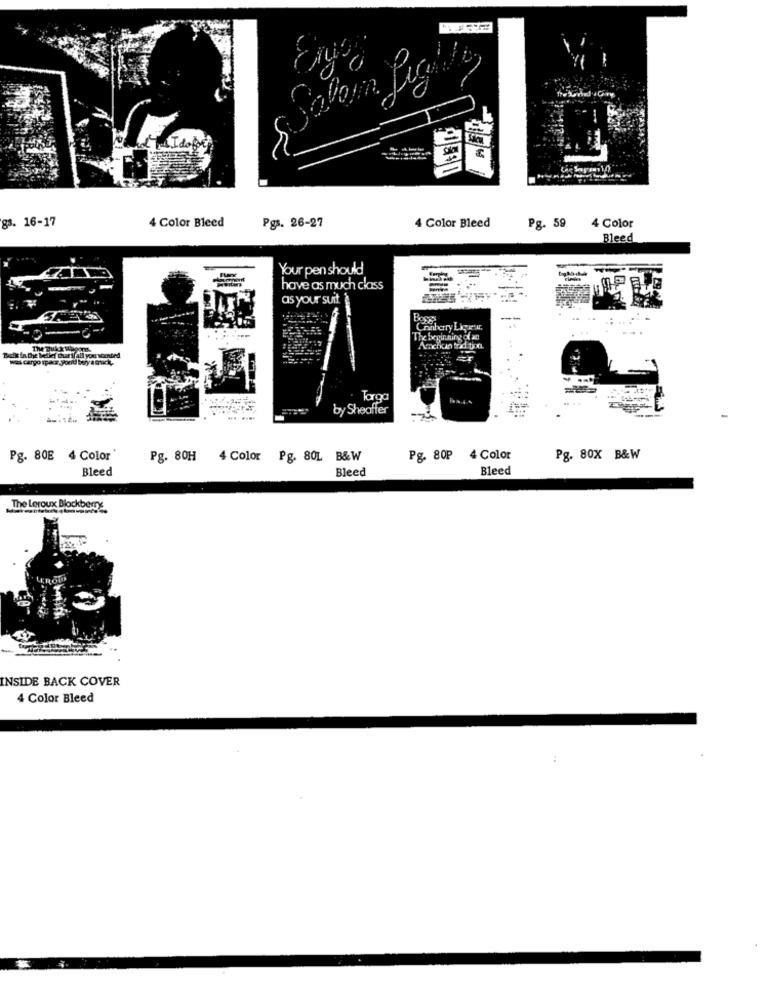
gs. 16-17
4 Color Bleed
Pgs. 26-27
4 Color Bleed
Pg. 59
4 Color
Bleed
Your pen should
have as much class
as your suit
Conberry Liqueur.
The beginning of an
Amerikan trad tion.
Built in the belief char if all your scented
was cargo space Port bory a truck,
Toro
by Sheaffer
Pg. 80E 4 Color
Pg. 80H 4 Color Pg. 80L B&W
Pg. 80P
4 Color
Pg. 80X B&W
Bleed
Bleed
Bleed
The Leroux Blackberry
ROUD
INSIDE BACK COVER
4 Color Bleed